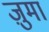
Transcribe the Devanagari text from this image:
ज़ुमा